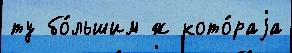
ту бо́льшим ж кото́раjа